Vaccination in Burma 1912-1922 - 1912-1922
Year: 1912
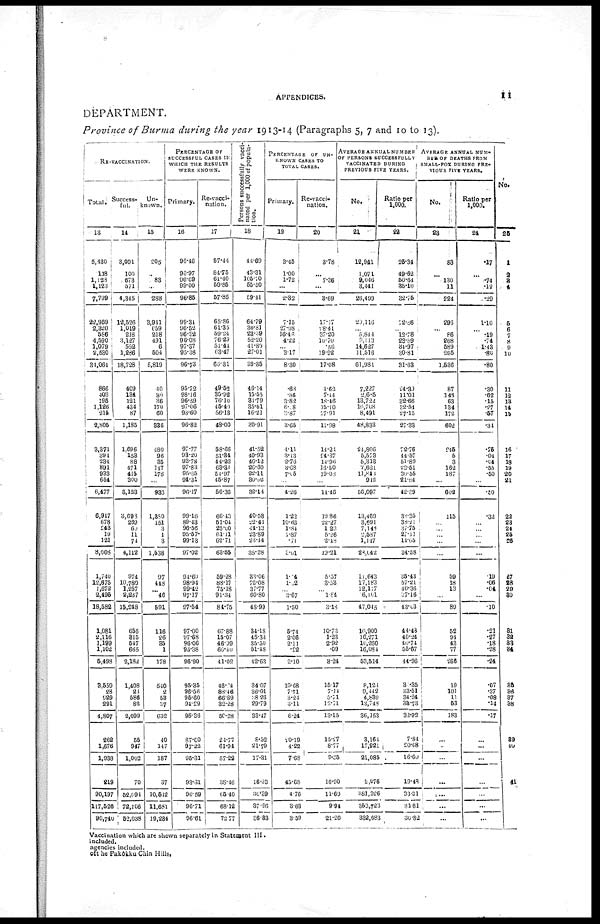
APPENDICES.
11
DEPARTMENT.
Province of Burma during the year 1913-14 (Paragraphs 5, 7 and 10 to 13).
RE-VACCINATION.
Total.
13
Success-
ful.
14
Un-
known.
15
PERCENTAGE OF
SUCCESSFUL CASES IN
WHICH THE RESULTS
WERE KNOWN.
Primary.
16
Re-vacci-
nation.
17
P ersons successfully vacci-
nated per 1,000 of popula-
tion.
18
PERCENTAGE OF UN-
KNOWN CASES TO
TOTAL CASES.
Primary.
19
Re-vacci-
nation.
20
AVERAGE ANNUAL NUMBER
OF PERSONS SUCCESSFULLY
VACCINATED DURING
PREVIOUS FIVE YEARS.
No.
21
Ratio per
1,000.
22
AVERAGE ANNUAL NUM-
BER OF DEATHS FROM
SMALL-POX DURING PRE-
VIOUS FIVE YEARS.
No.
23
Ratio per
1,000.
24
No.
25
5,430
118
1,128
1,121
7,799
22,959
2,320
586
4,590
1,079
2,530
34,061
866
403
295
1,126
215
2,805
3,371
394
234
891
933
654
6,477
6,947
678
243
19
121
8,008
1,740
12,675
1,672
2,496
18,582
1,081
2,116
1,199
1,102
5,498
3,559
28
929
291
4.807
262
1,676
1,938
219
90,197
117,526
90,740
3,001
100
673
571
4,345
12,526
1,019
218
3,127
552
1,286
18,728
409
134
121
434
87
1,185
1,696
158
88
471
415
300
3,123
3,693
269
60
11
74
4,112
974
10,780
1,257
2,237
15,248
655
315
547
665
2,182
1,408
23
586
82
2,099
55
947
1,002
70
52,091
72,106
52,038
205
...
83
...
288
3,911
659
218
491
6
504
5,819
10
30
36
170
60
336
480
96
35
147
178
...
936
1,380
151
3
1
3
1,538
97
448
... 46
691
116
26
35
1
178
540
2
53
37
632
40
147
187
37
10,512
11,681
19,284
96.46
96.97
96.69
99.00
96.85
99.34
96.52
96.32
96.08
97.37
95.38
96.73
95.72
28.16
96.59
97.06
98.60
96.82
97.77
93.20
93.78
97.83
95.65
94.31
96.17
99.16
89.43
96.56
95.57
99.13
97.02
91.60
98.94
99.42
97.17
97.54
97.00
97.68
96.06
93.38
96.90
95.35
96.56
95.60
91.29
95.36
87.00
97.22
95.31
93.31
96.59
96.71
96.61
57.44
84.75
61.40
50.85
57.85
65.86
61.35
59.24
76.29
51.41
63.47
66.31
49.52
35.92
76.10
45.40
56.13
48.00
58.66
51.34
44.22
63.30
54.97
45.87
56.36
66.13
61.04
25.00
61.11
62.71
63.55
59.28
88.17
75.18
91.34
84.75
57.88
15.07
46.39
60.40
41.02
46.04
88.46
66.89
32.28
50.28
24.77
61.94
57.22
38.46
65.40
68.12
72.77
44.69
43.31
105.70
55.50
59.41
64.79
30.31
23.39
52.20
41.80
27.01
39.85
46.14
15.55
81.79
35.61
16.21
30.91
41.52
40.93
46.12
26.60
22.11
30.62
32.14
40.58
22.41
41.13
23.89
24.44
35.28
83.06
72.08
37.77
60.80
48.99
34.18
45.33
35.50
51.48
42.63
34.07
36.01
38.26
29.79
33.17
8.52
21.79
17.31
16.33
31.39
37.96
86.33
3.45
1.00
1.72
...
2.32
7.15
27.98
16.46
4.22
... 3.17
8.30
.68
.86
3.82
608
3.87
3.65
1.11
3.13
2.76
3.68
7.15
...
4.26
1.22
10.63
1.84
7.87
.71
0.01
1.4
1.02
... 3.67
1.50
5.74
2.06
2.11
.22
2.10
10.68
7.71
3.21
3.11
6.24
20.19
4.22
7.68
45.68
4.76
3.63
3.59
3.78
...
7.36
...
3.69
17.17
18.41
37.20
10.70
.56
19.92
17.08
4.62
7.14
18.16
35.10
27.91
11.98
14.21
24.37
14.96
16.50
19.08
...
11.45
19.86
22.27
1.23
5.26
2.48
13.21
5.37
3.53
...
1.84
3.18
10.73
1.23
2.92
.09
3.24
15.17
7.14
5.71
12.71
13.15
13.27
8.77
9.55
16.90
11.69
9.94
21.20
12,941
1,071
9,046
3,441
26,499
20,116
...
5,844
9,113
14,627
11,516
61,981
7,227
2,605
13,722
16,708
8,491
48,833
24,806
5,573
5,313
7,621
11,843
942
56,097
13,469
3,691
7,148
2,537
1,147
28,042
11,643
17,183
12,117
6,161
47,045
10,900
16,271
10,260
16,084
53,514
8,121
9,442
4,839
13,748
36,153
3,164
17,921
21,085
2,076
381,326
353,723
332,683
25.34
49.62
50.64
35.10
32.75
72.86
...
12.78
23.89
81.97
30.81
31.63
24.39
11.01
32.66
32.51
27.15
27.33
72.76
44.57
51.89
23.51
30.55
21.64
42.39
38.35
38.21
37.75
27.11
14.65
34.58
35.43
57.21
40.36
37.16
43.03
44.48
40.24
40.74
55.67
44.96
3.35
33.51
34.24
38.73
32.92
7.84
20.08
16.60
19.48
33.31
31.81
30.82
83
...
130
11
224
296
...
86
268
589
295
1,536
87
146
63
134
172
602
246
5
3
162
187
...
602
115
...
...
...
...
...
59
18
13
...
89
52
94
43
77
266
19
101
11
63
183
...
...
...
...
...
...
...
.17
...
.74
.12
.29
1.10
...
.19
.74
1.43
.80
.80
.30
.62
.15
.27
.57
.31
.75
.04
.04
.55
.50
...
.50
.32
...
...
...
...
...
.19
.06
.04
...
.10
.21
.27
.18
.28
.24
.07
.37
.08
.14
.17
...
...
...
...
...
...
...
1
2
3
4
5
6
7 8
9
10
11
12
13
14
15
16
17
18
19
20
21
22
23
24
25
26
...
27
28
29
30
31
32
33
34
35
36
37
38
39
40
41
Vaccination which are shown separately in Statement III.
included.
agencies included.
oft he Pakôkku Chin Hills,